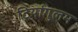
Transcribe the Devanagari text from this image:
ट्रियांगुलम